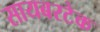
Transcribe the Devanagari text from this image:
सायबरटेक